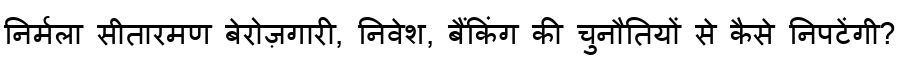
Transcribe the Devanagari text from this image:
निर्मला सीतारमण बेरोज़गारी, निवेश, बैंकिंग की चुनौतियों से कैसे निपटेंगी?